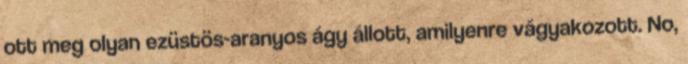
ott meg olyan ezüstös-aranyos ágy állott, amilyenre vágyakozott. No,